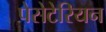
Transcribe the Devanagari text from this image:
पेसेटेरियन